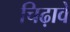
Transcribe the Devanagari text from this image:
चिढ़ावे